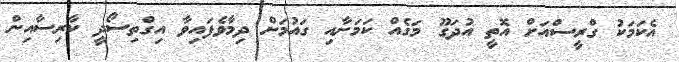
އެކަމަކު ގްރީސްއަށް އޮތީ އުދަގޫ މަގެއް ކަމަށާއި ގައުމަށް ދިމާވެފައިވާ އިގްތިސޯދީ ކާރިސާއިން